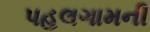
પહલગામની